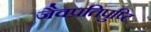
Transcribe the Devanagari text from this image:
जैवप्रतिपुष्टि